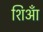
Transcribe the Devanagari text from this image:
शिआँ